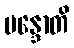
မန္ဒောတိ